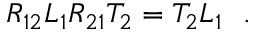
R _ { 1 2 } L _ { 1 } R _ { 2 1 } T _ { 2 } = T _ { 2 } L _ { 1 } ~ ~ .